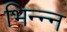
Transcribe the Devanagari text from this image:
भिन्न्न